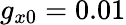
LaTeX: g_{x0}=0.01